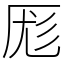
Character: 厖